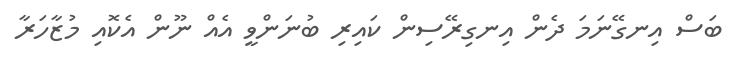
ބަސް އިނގޭނަމަ ދެން އިނގިރޭސިން ކައިރި ބުނަންވީ އެއް ނޫން އެކޮއި މުޒާހަރާ